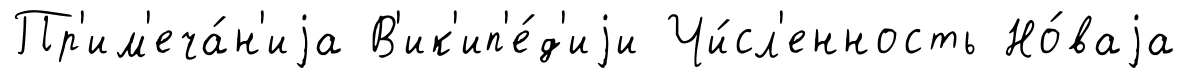
Пр'им'еча́н'иjа В'ик'ип'е́д'иjи Чи́сл'енность Но́ваjа